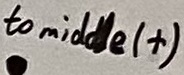
Text: to middle (+)